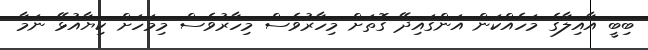
ބިބީ އާއިލާގެ މަހެއްކަން އަންގައިދޭ ގޮތަށް މިހާރުވެސް މިހާރުވެސް މިމަހަށް ކިޔާއުޅޭ ނަމާ